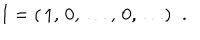
{ \bf I } = ( \, 1 , \, 0 , \, \ldots , \, 0 , \, \ldots ) \; \; .